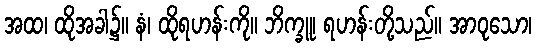
အထ၊ ထိုအခါ၌။ နံ၊ ထိုရဟန်းကို။ ဘိက္ခူ၊ ရဟန်းတို့သည်။ အာဝုသော၊